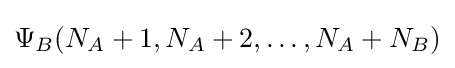
\Psi _{B}(N_{A}+1,N_{A}+2,\dots ,N_{A}+N_{B})